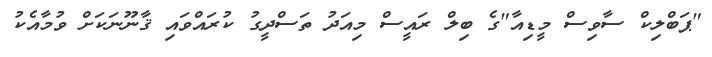
"ޕަބްލިކް ސާވިސް މީޑިއާ"ގެ ބިލް ރައީސް މިއަދު ތަސްދީގު ކުރައްވައި ޤާނޫނަކަށް ވުމާއެކު